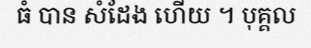
ធំ បាន សំដែង ហើយ ។ បុគ្គល